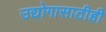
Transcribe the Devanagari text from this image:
उद्योगासाठीही